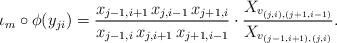
LaTeX: \begin{align*} \iota_m \circ \phi (y_{ji}) = \frac{x_{j-1,i+1} \, x_{j,i-1} \, x_{j+1,i}}{x_{j-1,i} \, x_{j,i+1} \, x_{j+1,i-1}} \cdot \frac{X_{v_{(j,i),(j+1,i-1)}}}{X_{v_{(j-1,i+1),(j,i)}}}.\end{align*}